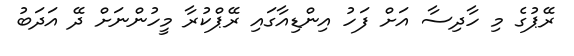
ރޭޕުގެ މި ހާދިސާ އަށް ފަހު އިންޑިއާގައި ރޭޕްކުރާ މީހުންނަށް ދޭ އަދަބު